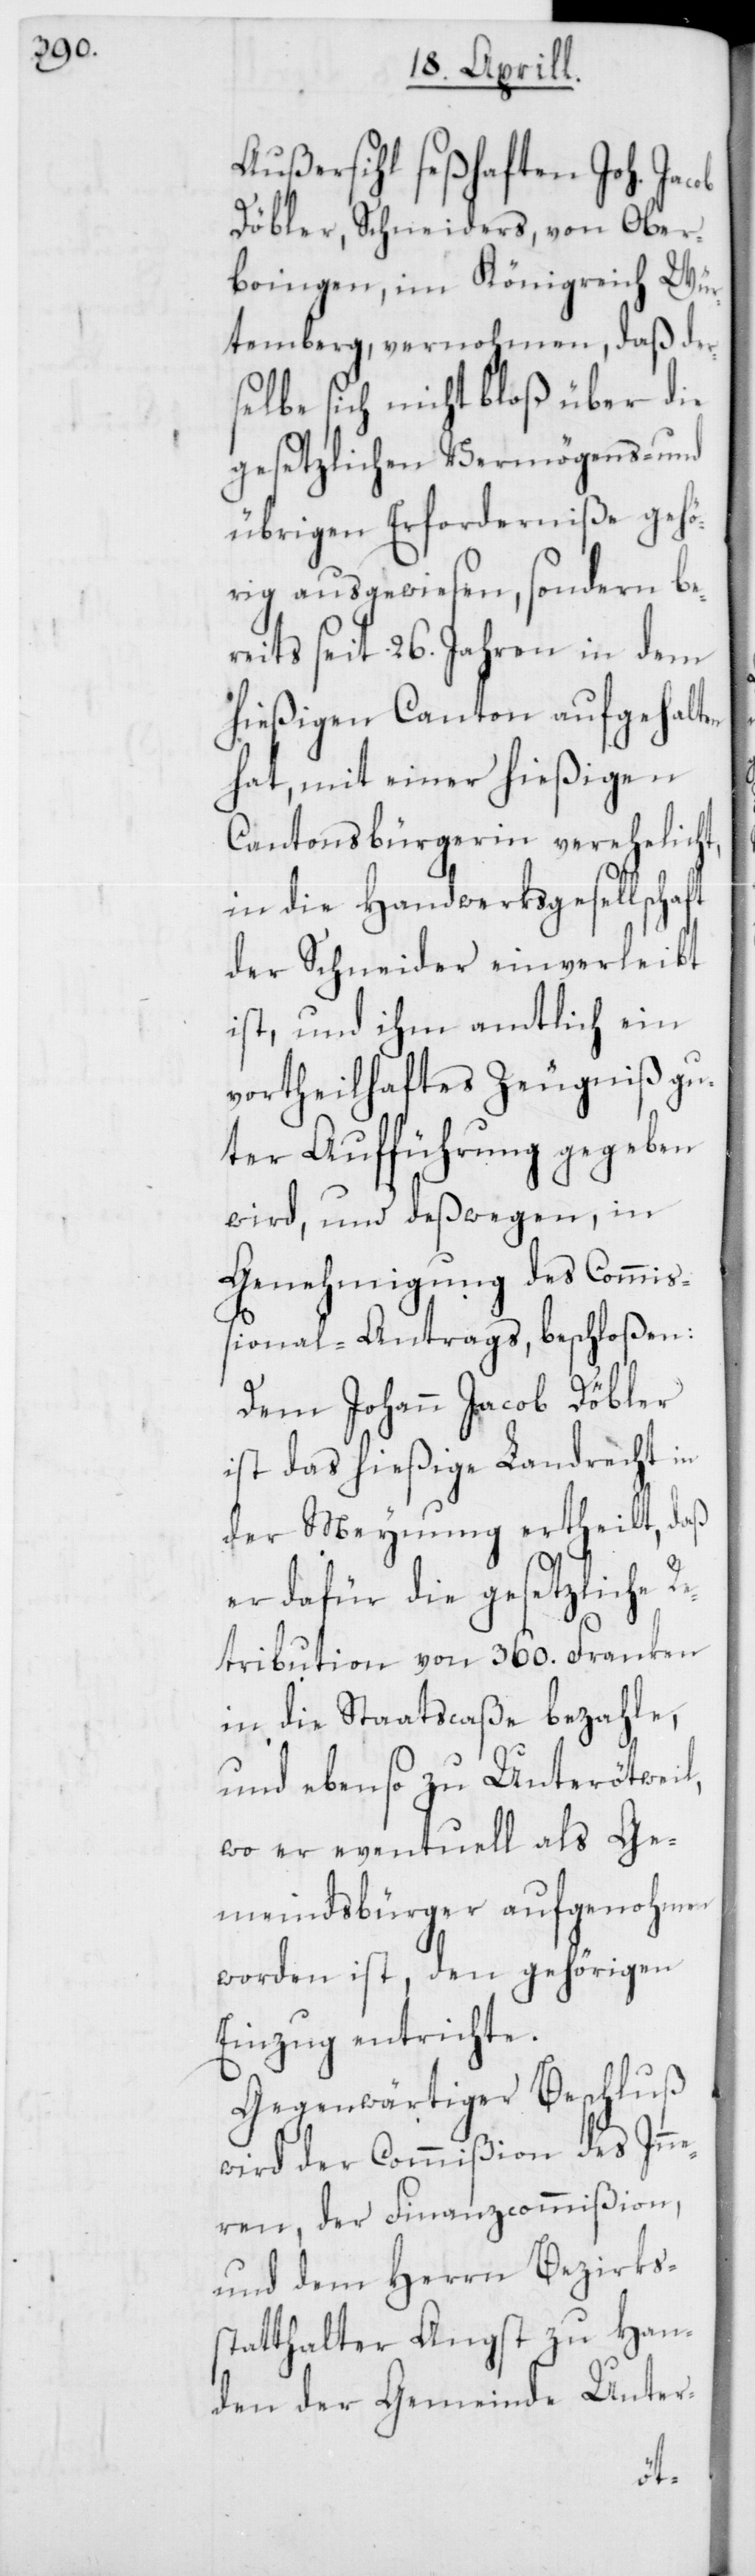
Außersihl seßhaften Joh.
Döbler, Schneiders von Ober¬
bringen, im Königreich Wür¬
temberg, vernohmen, daß der¬
selbe sich nicht bloß über die
gesetzlichen Vermögens- und
übrigen Erforderniße gehö¬
rig ausgewiesen, sondern be¬
reits seit 26. Jahren in dem
hießigen Canton aufgehalten
hat, mit einer hießigen
Cantonsbürgerin verehelich¬
in die Handwerksgesellschaft
der Schneider einverleibt
ist, und ihm amtlich ein
vortheilhaftes Zeugniß gu¬
ter Aufführung gegeben
wird, und deßwegen, in
Genehmigung des Commiß¬
ional-Antrags, beschloßen:
Dem Johann Jacob Döbler
ist das hießige Landrecht in
der Meynung ertheilt, daß
er dafür die gesetzliche R¬
etribution von 360. Franken
in die Staatscaße bezahle,
und ebenso zu Unterötweil,
wo er eventuell als Ge¬
meindsbürger aufgenohmen
worden ist, den gehörigen
Einzug entrichte.
Gegenwärtiger Beschluß
wird der Commißion des Inn¬
eren, der Finanzcommißion,
und dem Herrn Bezirks¬
statthalter Angst zu Han¬
den der Gemeinde Unter-
t,